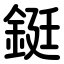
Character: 鋌